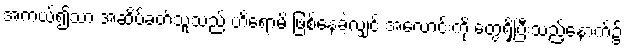
အကယ်၍သာ အဆိပ်ခတ်သူသည် ဟိရောမိ ဖြစ်နေခဲ့လျှင် အလောင်းကို တွေ့ရှိပြီးသည့်နောက်၌